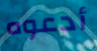
أدعوه